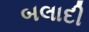
બલાદી